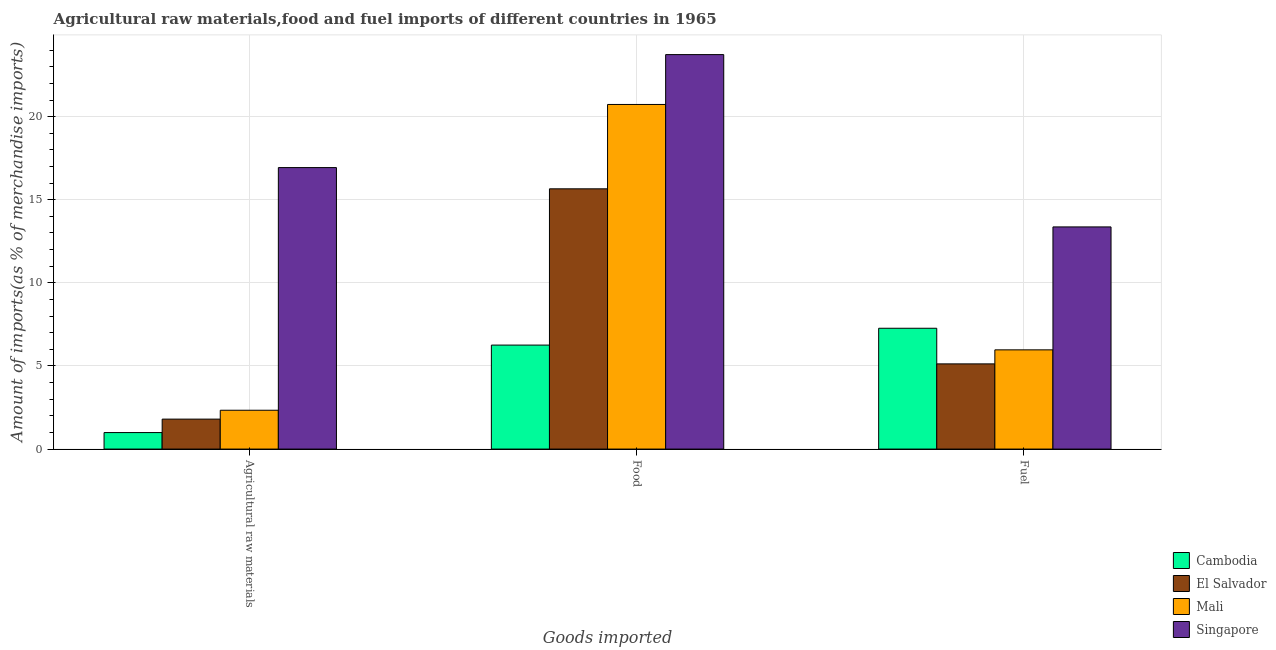
| Goods imported | Cambodia | El Salvador | Mali | Singapore |
 | --- | --- | --- | --- | --- |
 | Agricultural raw materials | 0.993 | 1.8 | 2.34 | 16.9 |
 | Food | 6.26 | 15.7 | 20.7 | 23.7 |
 | Fuel | 7.27 | 5.13 | 5.97 | 13.4 |